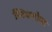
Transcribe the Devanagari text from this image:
स्टिकगोल्ड